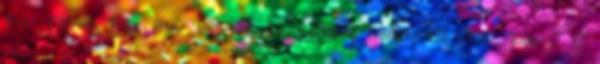
74 595-911, Fax: 74 595-910. sz. példány Szám: 152-22 2011. J E